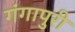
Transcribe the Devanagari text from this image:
गंगापुरी